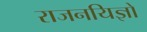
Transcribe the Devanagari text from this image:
राजनयिज्ञों